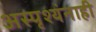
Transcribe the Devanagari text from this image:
अस्पृश्यंनाही